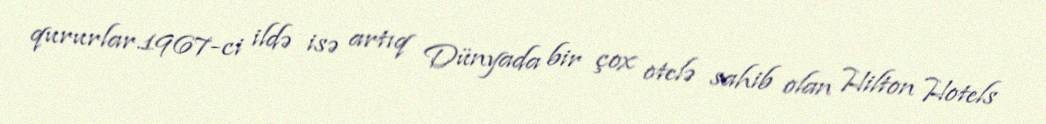
qururlar.1967-ci ildə isə artıq Dünyada bir çox otelə sahib olan Hilton Hotels